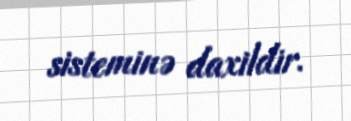
sisteminə daxildir.